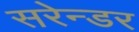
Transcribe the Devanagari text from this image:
सरेन्डर